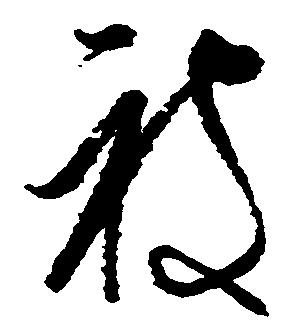
被